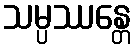
သမ္ပဿန္တေ